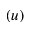
( u )